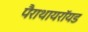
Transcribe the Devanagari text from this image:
पैराथायरॉयड